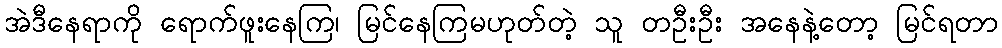
အဲဒီနေရာကို ရောက်ဖူးနေကြ၊ မြင်နေကြမဟုတ်တဲ့ သူ တဦးဦး အနေနဲ့တော့ မြင်ရတာ